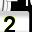
Digit: 2